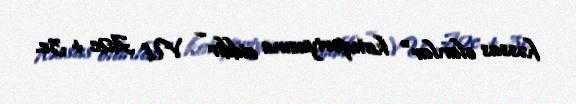
həssas olanlar" kateqoriyasına aiddir – VU A2c + 3c.